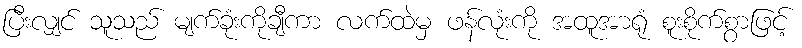
ပြီးလျှင် သူသည် မျက်ခုံးကိုချီကာ လက်ထဲမှ ဖန်လုံးကို အထူအာရုံ စူးစိုက်စွာဖြင့်